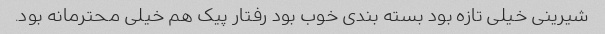
شیرینی خیلی تازه بود بسته بندی خوب بود رفتار پیک هم خیلی محترمانه بود.